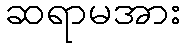
ဆရာမအား